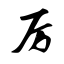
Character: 厉